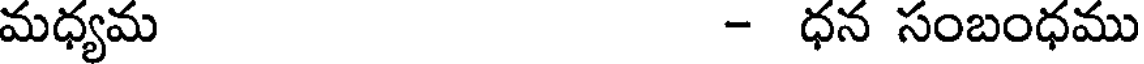
మధ్యమ - ధన సంబంధము